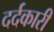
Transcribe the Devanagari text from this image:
दर्दकारी